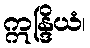
ဣန္ဒြိယံ၊